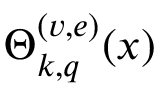
\Theta _ { k , q } ^ { ( v , e ) } ( x )